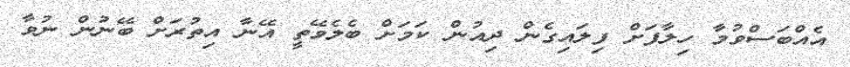
އެއްބަސްވުމާ ހިލާފަށް ފިލައިގެން ދިއުން ކަމަށް ބެލެވޭތީ އޭނާ އިތުރަށް ބޭނުން ނުވާ